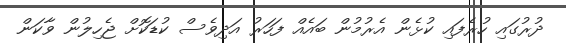
ދުރުގައި ހުރެފައި ކުޅެން އެރުމުން ބައެއް ފަހަރު އަދިވެސް ކުޑަކޮށް ޖެހިލުން ވާކަން